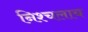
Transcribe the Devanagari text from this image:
निश्चलाय